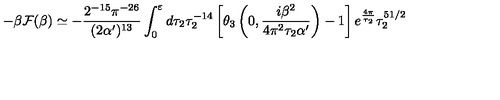
- \beta { \cal F } ( \beta ) \simeq - \frac { 2 ^ { - 1 5 } \pi ^ { - 2 6 } } { ( 2 \alpha ^ { \prime } ) ^ { 1 3 } } \int _ { 0 } ^ { \varepsilon } d \tau _ { 2 } \tau _ { 2 } ^ { - 1 4 } \left[ \theta _ { 3 } \left( 0 , \frac { i \beta ^ { 2 } } { 4 \pi ^ { 2 } \tau _ { 2 } \alpha ^ { \prime } } \right) - 1 \right] e ^ { \frac { 4 \pi } { \tau _ { 2 } } } \tau _ { 2 } ^ { 5 1 / 2 }